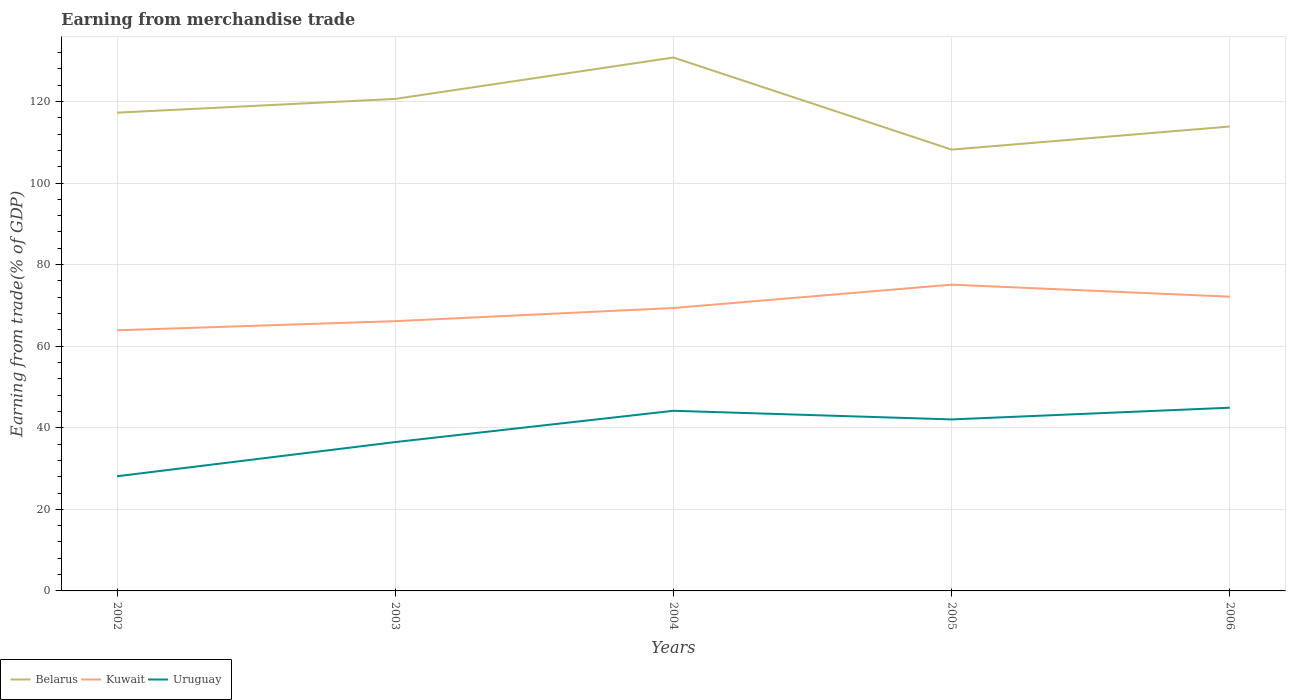
| Years | Belarus | Kuwait | Uruguay |
 | --- | --- | --- | --- |
 | 2002 | 117 | 63.9 | 28.1 |
 | 2003 | 121 | 66.1 | 36.5 |
 | 2004 | 131 | 69.4 | 44.2 |
 | 2005 | 108 | 75.1 | 42 |
 | 2006 | 114 | 72.1 | 44.9 |